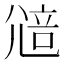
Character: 𡯷